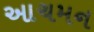
આચમન